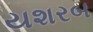
યશરબ